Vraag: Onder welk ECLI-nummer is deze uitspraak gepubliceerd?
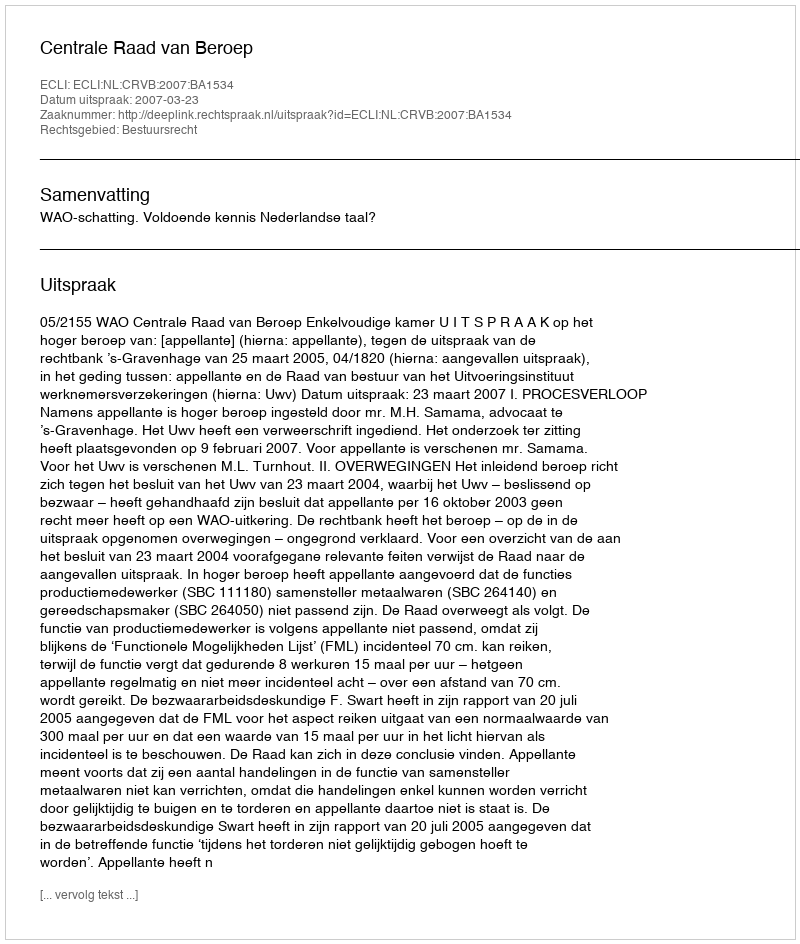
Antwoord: ECLI:NL:CRVB:2007:BA1534